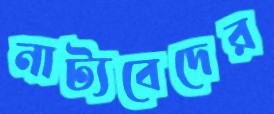
নাট্যবেদের